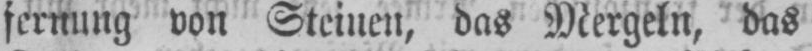
fernung von Steinen, das Mergeln, das